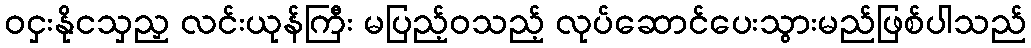
ဝငှးနိုငသှညှ လင်းယုန်ကြီး မပြည့်ဝသည့် လုပ်ဆောင်ပေးသွားမည်ဖြစ်ပါသည်